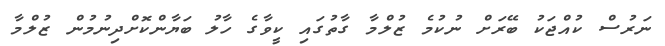
ނަރުސް ކުއްޖަކު ބޭރަށް ނުކުމެ ޒުލްމާ ގާތުގައި ކީވާގެ ހާލު ބަޔާންކޮށްދިނުމުން ޒުލްމާ